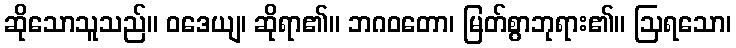
ဆိုသောသူသည်။ ဝဒေယျ၊ ဆိုရာ၏။ ဘဂဝတော၊ မြတ်စွာဘုရား၏။ ဩရသော၊